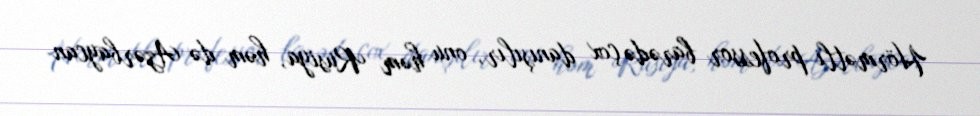
Hörmətli professor barədə çox danışılır, onu həm Rusiya, həm də Azərbaycan